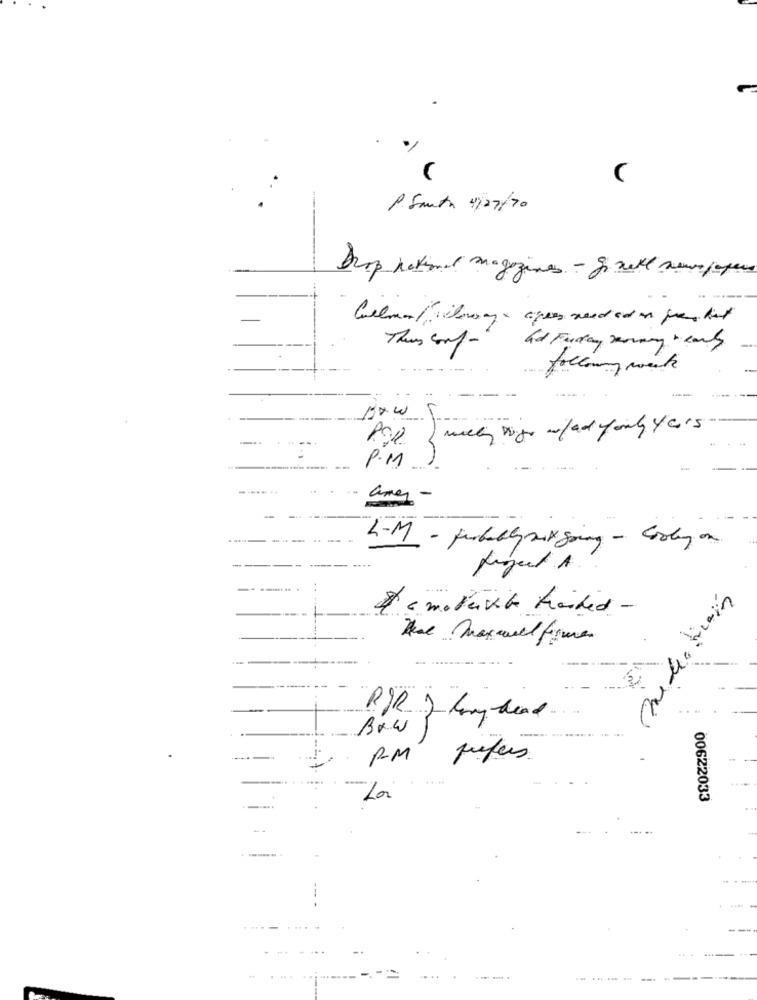
1.Santa 4127/70
Drop national magazines - go well newspapers
Thus fort-
and Fuday Jenny wears
following mente
milly wigs w /ad / only years
P.M
--
ame -
L-M - furbally aux going - Goobay on
Radiation
a molevit handed -
BOWJ
00622033
--